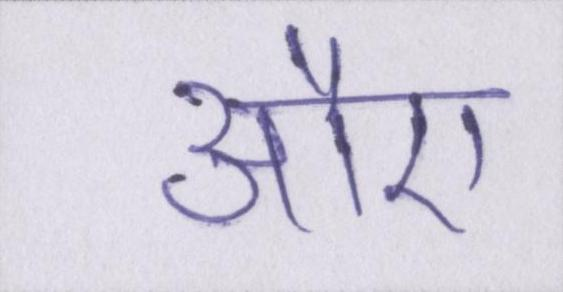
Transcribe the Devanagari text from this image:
औए